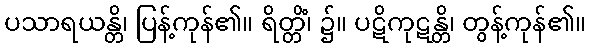
ပသာရယန္တိ၊ ပြန့်ကုန်၏။ ရိတ္တိံ၊ ၌။ ပဋိကုဋန္တိ၊ တွန့်ကုန်၏။